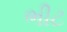
ભીટ